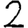
Digit: 2